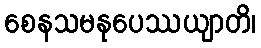
စေနသမနုပေဿယျာတိ၊